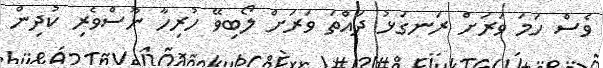
ވެސް ހަމަ ވަރަށް ރަނގަޅު ދައްތަ ވަރަށް ލޯބިވޭ ހުރިހާ ނޫސްވެރި ކުދިން